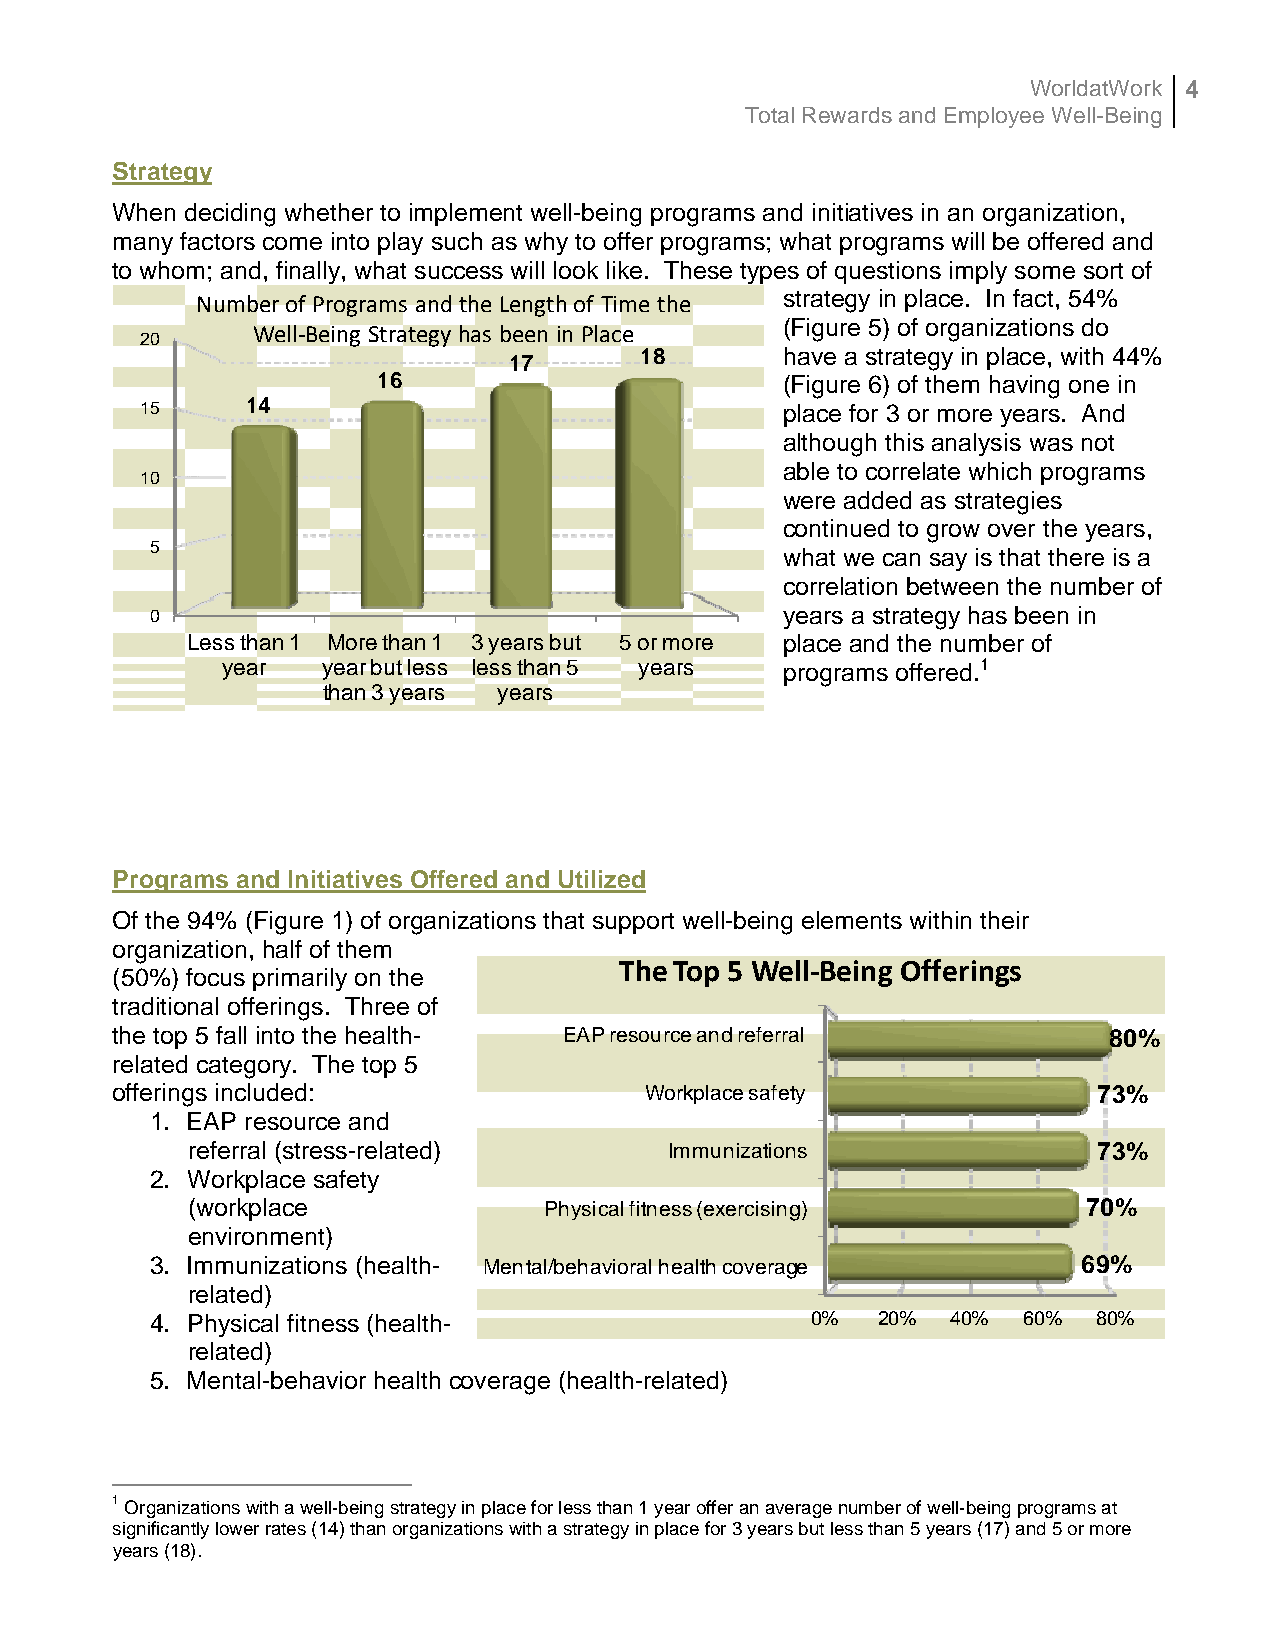
WorldatWork 4
 Total Rewards and Employee Well-Being
 Strategy
 When deciding whether to implement well-being programs and initiatives in an organization,
 many factors come into play such as why to offer programs; what programs will be offered and
 to whom; and, finally, what success will look like. These types of questions imply some sort of
 Number of Programs and the Length of Time the strategy in place. In fact, 54%
 (Figure 5) of organizations do
 Well‐Being Strategy has been in Place
 20
 17      18        have a strategy in place, with 44%
 16                         (Figure 6) of them having one in
 15     14                                  place for 3 or more years. And
 although this analysis was not
 able to correlate which programs
 10
 were added as strategies
 continued to grow over the years,
 5
 what we can say is that there is a
 correlation between the number of
 0                                         years a strategy has been in
 Less than 1 More than 1 3 years but 5 or more place and the number of
 year  year but less less than 5 years programs offered.1
 than 3 years years
 Programs and Initiatives Offered and Utilized
 Of the 94% (Figure 1) of organizations that support well-being elements within their
 organization, half of them
 The Top 5 Well‐Being Offerings
 (50%) focus primarily on the
 traditional offerings. Three of
 the top 5 fall into the health- EAP resource and referral         80%
 related category. The top 5
 offerings included:                 Workplace safety              73%
 1. EAP resource and
 referral (stress-related)       Immunizations                73%
 2. Workplace safety
 (workplace              Physical fitness (exercising)       70%
 environment)
 3. Immunizations (health- Mental/behavioral health coverage   69%
 related)
 4. Physical fitness (health-                0%  20%  40%  60%  80%
 related)
 5. Mental-behavior health coverage (health-related)
 1 Organizations with a well-being strategy in place for less than 1 year offer an average number of well-being programs at
 significantly lower rates (14) than organizations with a strategy in place for 3 years but less than 5 years (17) and 5 or more
 years (18).